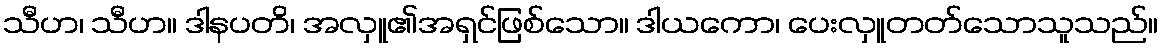
သီဟ၊ သီဟ။ ဒါနပတိ၊ အလှူ၏အရှင်ဖြစ်သော။ ဒါယကော၊ ပေးလှူတတ်သောသူသည်။